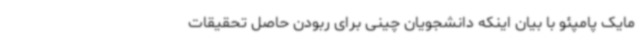
مایک پامپئو با بیان اینکه دانشجویان چینی برای ربودن حاصل تحقیقات